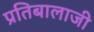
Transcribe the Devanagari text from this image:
प्रतिबालाजी